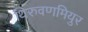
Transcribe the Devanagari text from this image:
थिरुवणमियुर